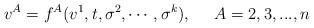
LaTeX: \begin{align*}v^A=f^A(v^1,t,\sigma ^2,\cdots ,\sigma ^k),\;\;\;\;\;A=2,3,...,n\end{align*}